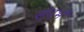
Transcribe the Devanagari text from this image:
स्ंदर्भ